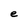
Character: e